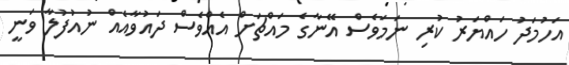
އަހުމަދު ހައްޔަރު ކުރި ނަމަވެސް އޭނާގެ މައްޗަށް އެއްވެސް ދައުވާއެއް ނުއުފުލާ ވަނީ